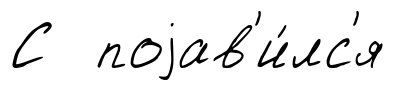
С поjав'и́лс'я